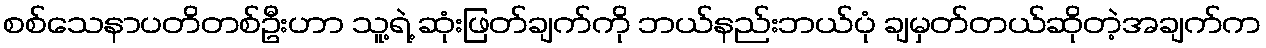
စစ်သေနာပတိတစ်ဦးဟာ သူ့ရဲ့ ဆုံးဖြတ်ချက်ကို ဘယ်နည်းဘယ်ပုံ ချမှတ်တယ်ဆိုတဲ့အချက်က